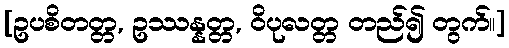
[ဥပစိတတ္တ, ဥဿန္နတ္တ, ဝိပုလတ္တ တည်၍ တွက်။]